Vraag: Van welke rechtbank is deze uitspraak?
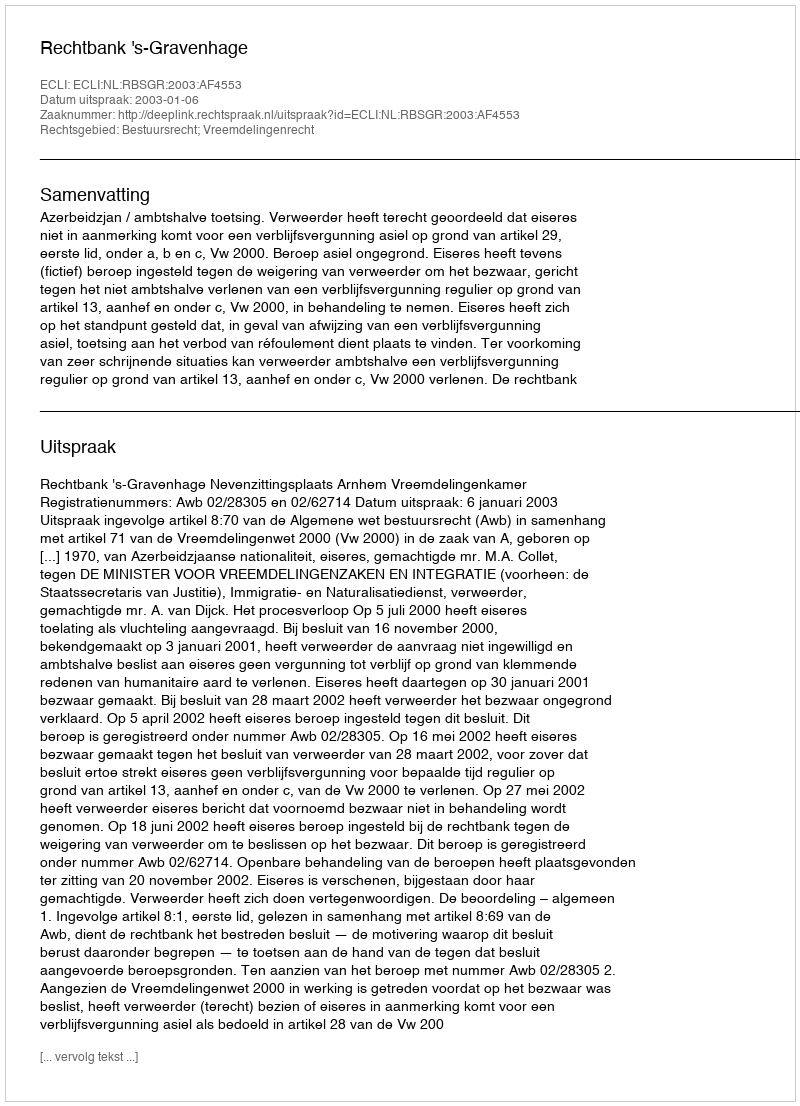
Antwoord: Rechtbank 's-Gravenhage